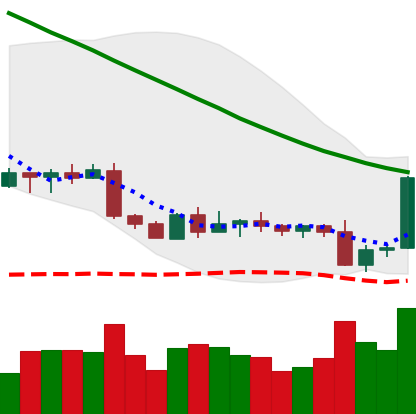
Ticker: BTC-USD
Chart end date: 2022-09-09
Forward return: -5.332%
Label: down_5_7